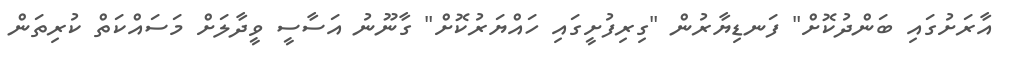
އާރަށުގައި ބަންދުކޮށް" ފަނޑިޔާރުން "ގިރިފުށީގައި ހައްޔަރުކޮށް" ގާނޫނު އަސާސީ ވީދާލަށް މަސައްކަތް ކުރިތަން